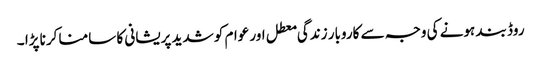
روڈ بند ہونے کی وجہ سے کاروبار زندگی معطل اور عوام کو شدید پریشانی کا سامنا کرنا پڑا ۔